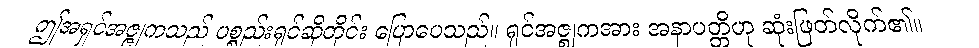
ဤအရှင်အဇ္ဇုကသည် ပစ္စည်းရှင်ဆိုတိုင်း ပြောပေသည်။ ရှင်အဇ္ဈကအား အနာပတ္တိဟု ဆုံးဖြတ်လိုက်၏။